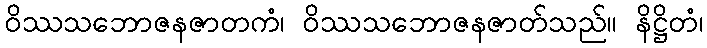
ဝိဿသဘောဇနဇာတကံ၊ ဝိဿသဘောဇနဇာတ်သည်။ နိဋ္ဌိတံ၊